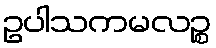
ဥပါသကမလဉ္စ